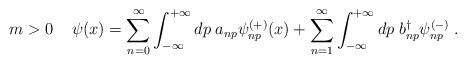
\begin{align*}m>0 \; \;\;\;\psi(x)= \sum^{\infty}_{n=0} \int^{+\infty}_{-\infty}d p \; a_{np} \psi^{(+)}_{np} (x) + \sum^{\infty}_{n=1} \int^{+\infty}_{-\infty}d p \; b^{\dag}_{np} \psi^{(-)}_{np} \; .\end{align*}